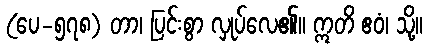
(ပေ-၅၇၈) တာ၊ ပြင်းစွာ လှုပ်လေ၏။ ဣတိ ဧဝံ၊ သို့။